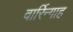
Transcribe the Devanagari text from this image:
वार्रिन्गाह